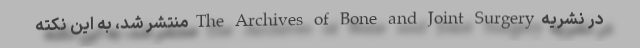
در نشریه The Archives of Bone and Joint Surgery منتشر شد، به این نکته